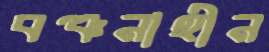
বঞ্চনাহীন